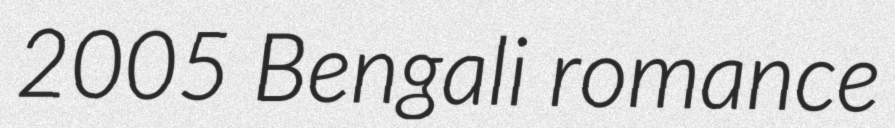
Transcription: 2005 Bengali romance